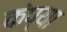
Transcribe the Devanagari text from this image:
कंप्या